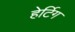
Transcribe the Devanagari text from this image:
हेर्टिग